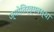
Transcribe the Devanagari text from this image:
ज्योतिर्व्यवस्था